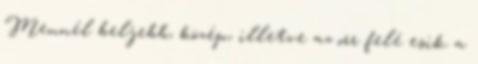
Mennél beljebb, közép, illetve az orr felé esik a